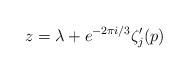
LaTeX: \begin{align*}z=\lambda+e^{-2\pi i/3}\zeta_j'(p)\end{align*}